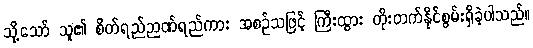
သို့သော် သူ၏ စိတ်ရည်ဉာဏ်ရည်ကား အစဉ်သဖြင့် ကြီးထွား တိုးတက်နိုင်စွမ်းရှိခဲ့ပါသည်။